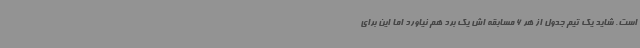
است. شاید یک تیم جدول از هر 6 مسابقه اش یک برد هم نیاورد اما این برای